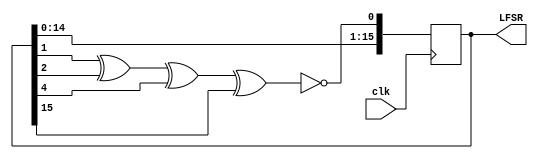
module LFSR16(
  input clk,
  output reg [15:0] LFSR
);
always @(posedge clk)
begin
  LFSR[0] <= ~(LFSR[1] ^ LFSR[2] ^ LFSR[4] ^ LFSR[15]);
  LFSR[15:1] <= LFSR[14:0];
end
endmodule